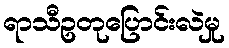
ရာသီဥတုပြောင်းလဲမှု